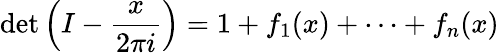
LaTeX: \operatorname*{det}\left(I-{\frac{x}{2\pi i}}\right)=1+f_{1}(x)+\cdots+f_{n}(x)